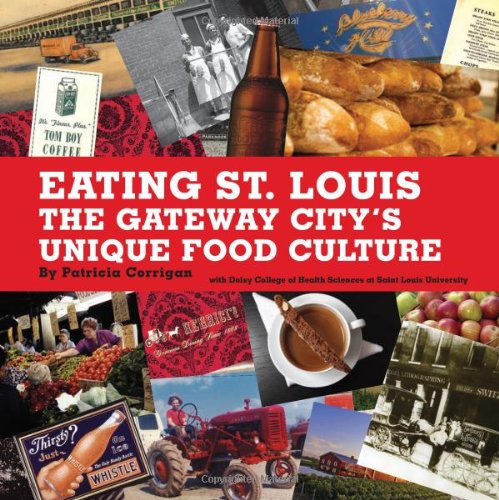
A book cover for Eating St. Louis: The Gateway City's Unique Food Culture; Patricia Corrigan; Travel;